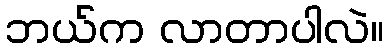
ဘယ်က လာတာပါလဲ။